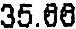
35.66